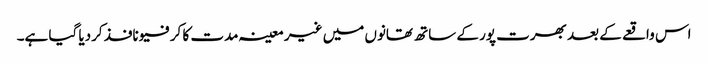
اس واقعے کے بعد بھرت پور کے ساتھ تھانوں میں غیر معینہ مدت کا کرفیو نافذ کردیا گیا ہے۔